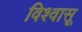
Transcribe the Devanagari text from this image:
विश्‍वासू